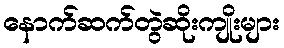
နောက်ဆက်တွဲဆိုးကျိုးများ